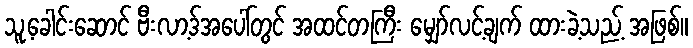
သူ့ခေါင်းဆောင် ဗီးလာ့ဒ်အပေါ်တွင် အထင်တကြီး မျှော်လင့်ချက် ထားခဲ့သည့် အဖြစ်။